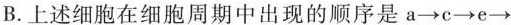
B.上述细胞在细胞周期中出现的顺序是a→c→e→